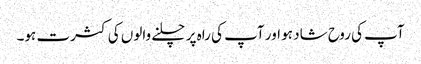
آپ کی روح شاد ہو اور آپ کی راہ پر چلنے والوں کی کثرت ہو۔